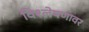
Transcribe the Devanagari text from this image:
विश्लेषणावर